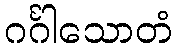
ဂင်္ဂါသောတံ